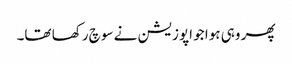
پھر وہی ہوا جو اپوزیشن نے سوچ رکھا تھا۔